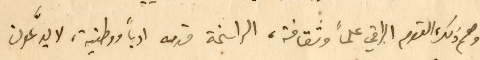
وهم ذلك القوم الراقي علماً وثقافة، الراسخة قدمه ادباً ووطنية، لا يدَّعون